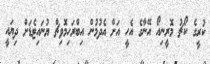
ކުރީގެ ކޯޗު މޮރީނިއޯ އޭނާގެ އެހީ އަަށް އެދުމުން އިބްރަހިމޮވިޗް ޔުނައިޓެޑަށް ދިޔައީ